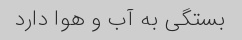
بستگی به آب و هوا دارد